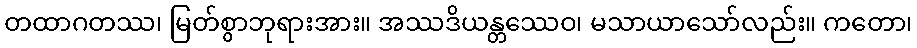
တထာဂတဿ၊ မြတ်စွာဘုရားအား။ အဿဒိယန္တဿေဝ၊ မသာယာသော်လည်း။ ကတော၊